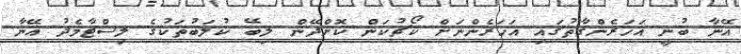
އޭނާ ބުނީ އަހަރެންގާތުގައި އަހަރެންނަށް ކޯޗުކަން ކޮށްދޭން ލިބޭ ކުލަބުތަކުގެ ލިސްޓާމެދު އޭނާ